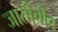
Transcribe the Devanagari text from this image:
जातींचीच